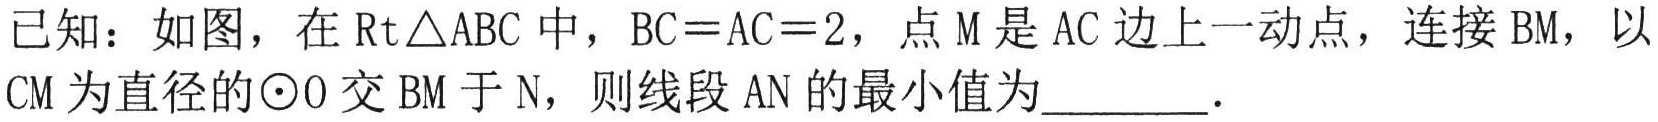
已知：如图，在\(\text{Rt}\triangle ABC\)中，\(BC = AC = 2\)，点\(M\)是\(AC\)边上一动点，连接\(BM\)，以\(CM\)为直径的\(\odot O\)交\(BM\)于\(N\)，则线段\(AN\)的最小值为  ．